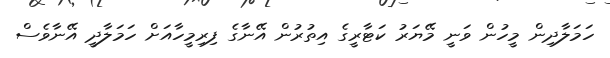
ހަމަލާދިން މީހުން ވަނީ މޭޔަރު ކަޓާރީގެ އިތުރުން އޭނާގެ ފިރިމީހާއަށް ހަމަލާދީ އޭނާވެސް